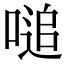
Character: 㗓